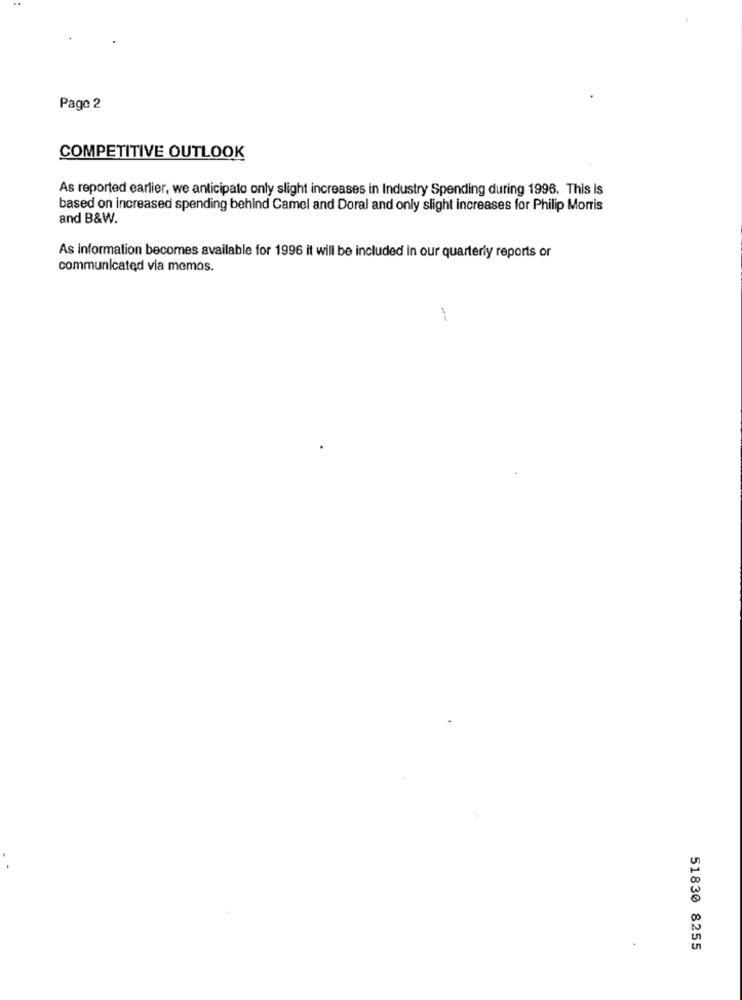
Pago 2
COMPETITIVE OUTLOOK
As reported earlier, we anticipato only slight increases in Industry Spending during 1996. This is
based on increased spending behind Camel and Doral and only slight increases for Philip Morris
and B&W.
As information becomes available for 1996 it will be included in our quarterly reports or
communicated via memos.
51830 8255